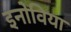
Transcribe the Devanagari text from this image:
इनोविया